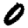
Digit: 0